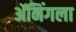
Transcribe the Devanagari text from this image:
ॲनिंगला